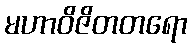
မဟာဝိဇိတတရော